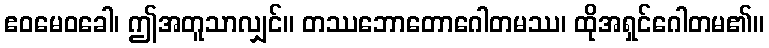
ဧဝမေဝခေါ၊ ဤအတူသာလျှင်။ တဿဘောတောဂေါတမဿ၊ ထိုအရှင်ဂေါတမ၏။